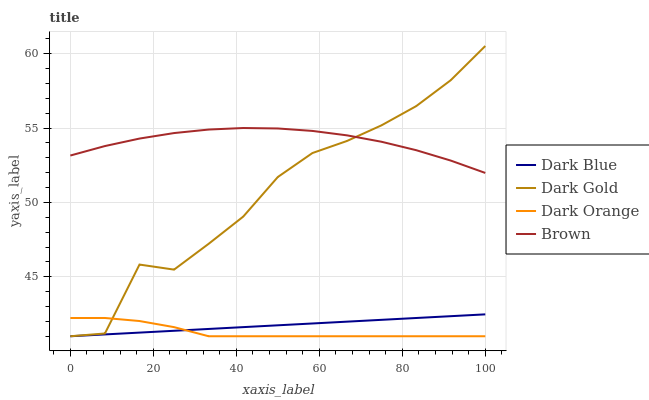
| xaxis_label | Dark Blue | Dark Gold | Dark Orange | Brown |
 | --- | --- | --- | --- | --- |
 | 0 | 41 | 41 | 42.2 | 53.2 |
 | 8.33 | 41.1 | 41.2 | 42.2 | 53.8 |
 | 16.7 | 41.2 | 45.8 | 42 | 54.3 |
 | 25 | 41.4 | 45.5 | 41.6 | 54.7 |
 | 33.3 | 41.5 | 47.2 | 41 | 54.9 |
 | 41.7 | 41.6 | 49 | 41 | 55 |
 | 50 | 41.7 | 51.7 | 41 | 55 |
 | 58.3 | 41.9 | 53.3 | 41 | 54.8 |
 | 66.7 | 42 | 54.1 | 41 | 54.5 |
 | 75 | 42.1 | 55.2 | 41 | 54.1 |
 | 83.3 | 42.2 | 56.5 | 41 | 53.5 |
 | 91.7 | 42.3 | 58.2 | 41 | 52.8 |
 | 100 | 42.5 | 60.5 | 41 | 52 |